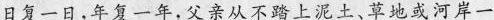
日复一日.年复一年,父亲从不踏上泥土,草地或河岸一